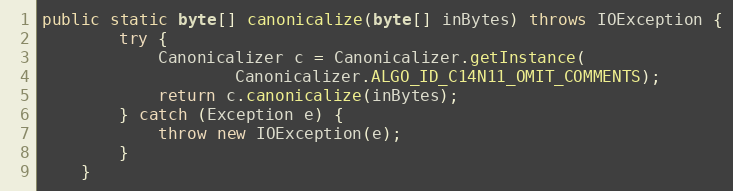
Language: Java
public static byte[] canonicalize(byte[] inBytes) throws IOException {
        try {
            Canonicalizer c = Canonicalizer.getInstance(
                    Canonicalizer.ALGO_ID_C14N11_OMIT_COMMENTS);
            return c.canonicalize(inBytes);
        } catch (Exception e) {
            throw new IOException(e);
        }
    }